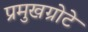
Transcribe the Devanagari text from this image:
प्रमुखग्रोटे